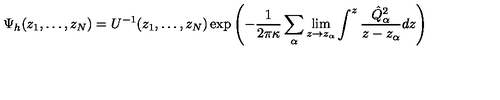
\Psi _ { h } ( z _ { 1 } , \dots , z _ { N } ) = U ^ { - 1 } ( z _ { 1 } , \dots , z _ { N } ) \exp \left( - { \frac { 1 } { 2 \pi \kappa } } \sum _ { \alpha } \lim _ { z \rightarrow z _ { \alpha } } \int ^ { z } { \frac { \hat { Q } _ { \alpha } ^ { 2 } } { z - z _ { \alpha } } } d z \right)